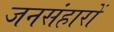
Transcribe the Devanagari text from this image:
जनसंहारों